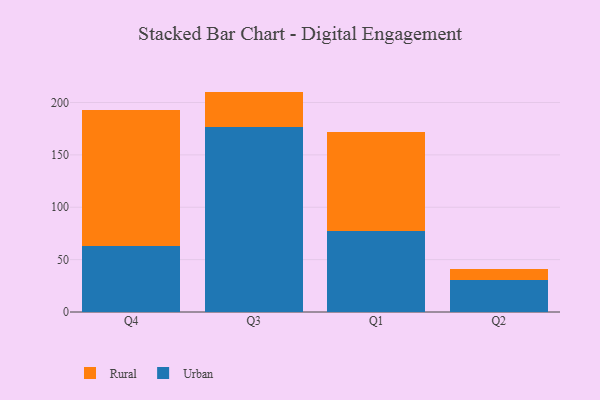
{"axis": {"x": "Quarter", "y": "Inventory Turnover"}, "legend": ["Rural", "Urban"], "data": [{"x": "Q4", "y": 62.8, "type": "Urban"}, {"x": "Q4", "y": 129.8, "type": "Rural"}, {"x": "Q3", "y": 176.7, "type": "Urban"}, {"x": "Q3", "y": 33.7, "type": "Rural"}, {"x": "Q1", "y": 76.9, "type": "Urban"}, {"x": "Q1", "y": 95.4, "type": "Rural"}, {"x": "Q2", "y": 30.6, "type": "Urban"}, {"x": "Q2", "y": 10.3, "type": "Rural"}]}